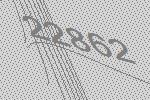
22862